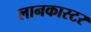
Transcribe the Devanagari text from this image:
लानकास्टर